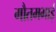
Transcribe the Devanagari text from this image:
गौतमभाई